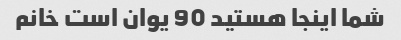
شما اینجا هستید 90 یوان است خانم